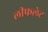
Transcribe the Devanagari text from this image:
लीफलेट